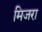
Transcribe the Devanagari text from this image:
मिजरा